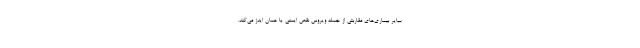
سایر بیماری‌های مقاربتی از جمله ویروس نقص ایمنی یا همان ایدز می‌کند.